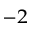
^ { - 2 }